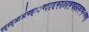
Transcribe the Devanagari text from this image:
स्द्स्द्आअ॑फ्ङ्ः़फ्ट्ट्ड़्फ्ड्क्ष्ड्क्ष्झ्झ्झ्क्ष्फ्॰फ्फ्ङ्